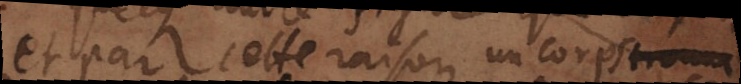
et par cette raison un corps